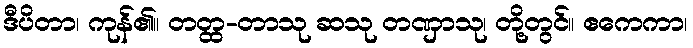
ဒီပိတာ၊ ကုန်၏။ တတ္ထ-တာသု ဆသု တဏှာသု၊ တို့တွင်။ ဧကေကာ၊